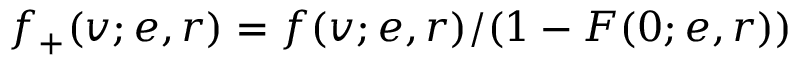
f _ { + } ( v ; e , r ) = f ( v ; e , r ) / ( 1 - F ( 0 ; e , r ) )